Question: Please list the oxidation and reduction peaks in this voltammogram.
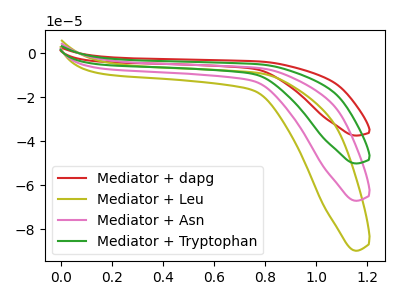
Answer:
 <answer>The red curve "Mediator + dapg" has no peaks. The olive curve "Mediator + Leu" has no peaks. The pink curve "Mediator + Asn" has no peaks. The green curve "Mediator + Tryptophan" has no peaks.</answer>
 <eval></eval>